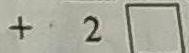
+ 2 \square